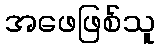
အဖေဖြစ်သူ